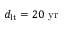
d _ { \mathrm { l t } } = 2 0 \ \mathrm { y r }